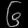
Digit: ၆